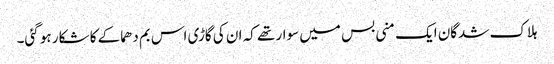
ہلاک شدگان ایک منی بس میں سوار تھے کہ ان کی گاڑی اس بم دھماکے کا شکار ہو گئی۔